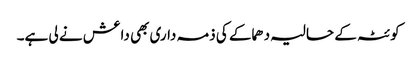
کوئٹہ کے حالیہ دھماکے کی ذمہ داری بھی داعش نے لی ہے۔